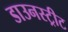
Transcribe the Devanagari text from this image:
डाउनस्ट्रीट